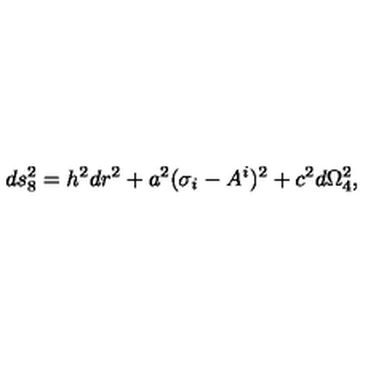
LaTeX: d s _ { 8 } ^ { 2 } = h ^ { 2 } d r ^ { 2 } + a ^ { 2 } ( \sigma _ { i } - A _ { } ^ { i } ) ^ { 2 } + c ^ { 2 } d \Omega _ { 4 } ^ { 2 } ,